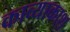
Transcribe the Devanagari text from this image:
काव्याकाश